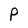
Character: p